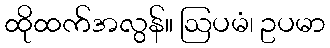
ထိုထက်အလွန်။ ဩပမံ၊ ဥပမာ